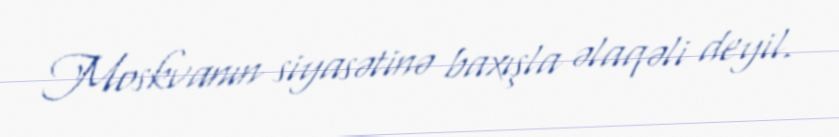
Moskvanın siyasətinə baxışla əlaqəli deyil.